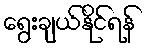
ရွေးချယ်နိုင်ရန်